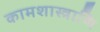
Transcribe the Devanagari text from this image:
कामशास्त्राणि